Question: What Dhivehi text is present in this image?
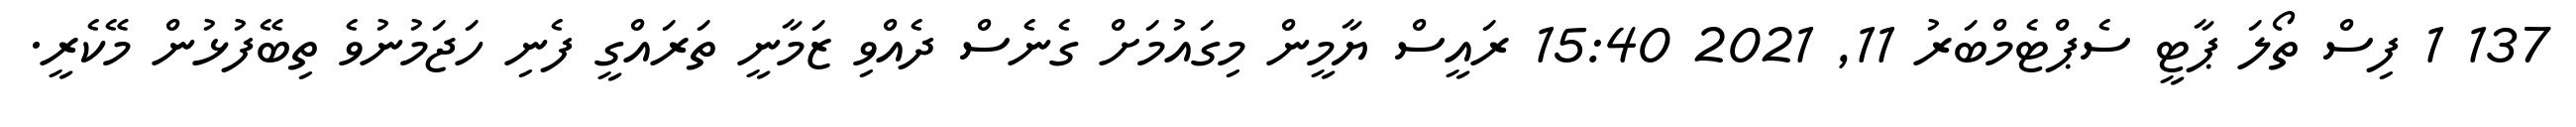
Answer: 137 1 ފިސް ތޯލަ ޕާޓީ ސެޕްޓެމްބަރު 11, 2021 15:40 ރައީސް ޔާމީން މިގައުމަށް ގެނެސް ދެއްވި ޒަމާނީ ތަރައްގީ ފެނި ހަޖަމުނުވެ ތިބޭފުޅުން މޭކެރީ.